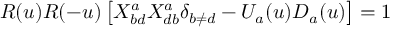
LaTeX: { \cal R } ( u ) { \cal R } ( - u ) \left[ X _ { b d } ^ { a } X _ { d b } ^ { a } \delta _ { b \neq d } - U _ { a } ( u ) D _ { a } ( u ) \right] = 1